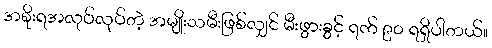
အစိုးရအလုပ်လုပ်တဲ့ အမျိုးသမီးဖြစ်လျှင် မီးဖွားခွင့် ရက် ၉၀ ရရှိပါတယ်။